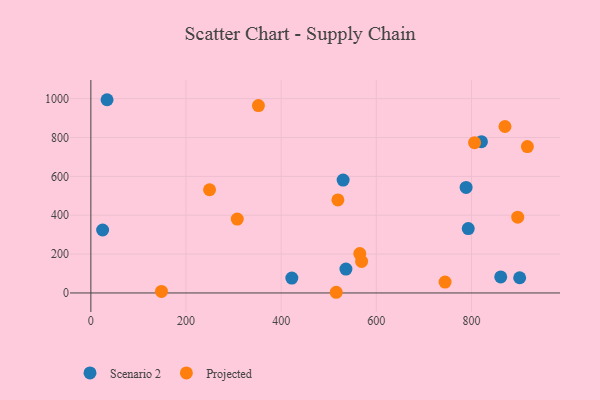
{"axis": {"x": "Study Hours", "y": "Sales"}, "legend": ["Projected", "Scenario 2"], "data": [{"x": "536.1", "y": 123.0, "type": "Scenario 2"}, {"x": "788.7", "y": 543.3, "type": "Scenario 2"}, {"x": "34.0", "y": 994.4, "type": "Scenario 2"}, {"x": "530.2", "y": 580.7, "type": "Scenario 2"}, {"x": "820.9", "y": 778.4, "type": "Scenario 2"}, {"x": "861.5", "y": 82.7, "type": "Scenario 2"}, {"x": "901.3", "y": 78.2, "type": "Scenario 2"}, {"x": "422.4", "y": 76.7, "type": "Scenario 2"}, {"x": "793.2", "y": 331.5, "type": "Scenario 2"}, {"x": "24.7", "y": 324.1, "type": "Scenario 2"}, {"x": "352.2", "y": 964.4, "type": "Projected"}, {"x": "744.5", "y": 55.9, "type": "Projected"}, {"x": "307.7", "y": 380.1, "type": "Projected"}, {"x": "519.2", "y": 478.7, "type": "Projected"}, {"x": "565.2", "y": 202.7, "type": "Projected"}, {"x": "806.5", "y": 773.4, "type": "Projected"}, {"x": "870.4", "y": 856.6, "type": "Projected"}, {"x": "148.4", "y": 8.1, "type": "Projected"}, {"x": "249.5", "y": 531.0, "type": "Projected"}, {"x": "569.1", "y": 162.1, "type": "Projected"}, {"x": "515.7", "y": 3.5, "type": "Projected"}, {"x": "897.2", "y": 390.1, "type": "Projected"}, {"x": "917.5", "y": 753.4, "type": "Projected"}]}